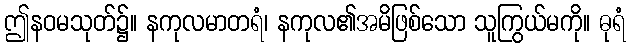
ဤနဝမသုတ်၌။ နကုလမာတရံ၊ နကုလ၏အမိဖြစ်သော သူကြွယ်မကို။ ဓုရံ